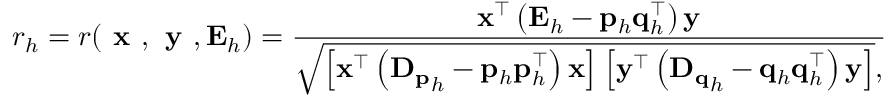
r _ { h } = r ( \textbf { x } , \textbf { y } , \mathbf { E } _ { h } ) = \frac { \mathbf { x } ^ { \top } \left( \mathbf { E } _ { h } - \mathbf { p } _ { h } \mathbf { q } _ { h } ^ { \top } \right) \mathbf { y } } { \sqrt { \left[ \mathbf { x } ^ { \top } \left( \mathbf { D _ { p } } _ { h } - \mathbf { p } _ { h } \mathbf { p } _ { h } ^ { \top } \right) \mathbf { x } \right] \left[ \mathbf { y } ^ { \top } \left( \mathbf { D _ { q } } _ { h } - \mathbf { q } _ { h } \mathbf { q } _ { h } ^ { \top } \right) \mathbf { y } \right] } , }